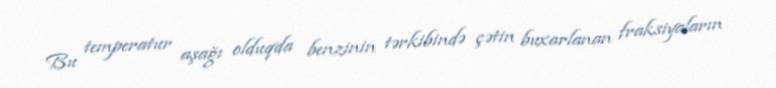
Bu temperatur aşağı olduqda benzinin tərkibində çətin buxarlanan fraksiyaların